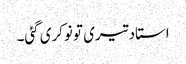
استاد تیری تو نوکری گئی۔